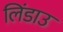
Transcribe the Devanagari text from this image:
लिंडाउ